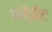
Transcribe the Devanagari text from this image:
प्लैज़ेंट